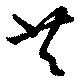
共